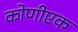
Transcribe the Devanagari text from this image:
कोणीएक